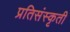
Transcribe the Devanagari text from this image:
प्रतिसंस्कृती